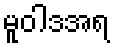
မူဝါဒအရ